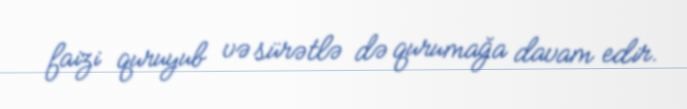
faizi quruyub və sürətlə də qurumağa davam edir.